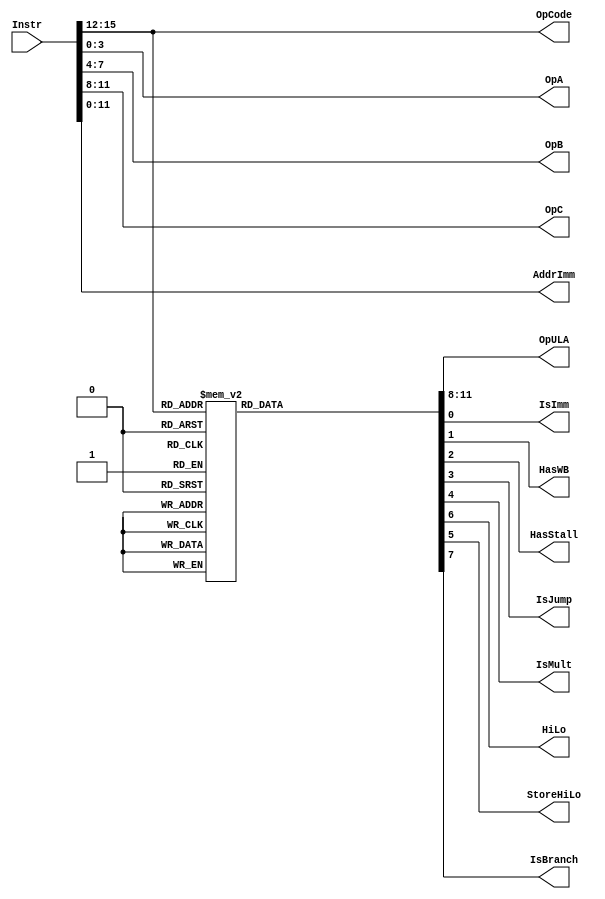
//							Iuri Silva Castro
//			Mestrando em Engenharia Eletrica - PPGEE
//			Universidade Federal de Minas Gerais - UFMG
//									2/2017

/* 	Decodificar de instruoes
	Recebe uma instruao de 16-bit na forma	INSTR	DST, IMM|REGB, REGA
*/
module Decoder ( Instr, OpCode, OpA, OpB, OpC, AddrImm, OpULA, IsImm, HasWB, HasStall, IsJump, IsMult, HiLo, StoreHiLo, IsBranch );
	
	input [15:0] Instr;
	output [3:0] OpCode, OpA, OpB, OpC;
	output [11:0] AddrImm;
	output reg [3:0] OpULA;
	output reg IsImm;					// Indica se instrucao e' imediata
	output reg IsJump;				// Indica se e instrucao de jump
	output reg HasWB;					// Indica se instrucai faz wb
	output reg HasStall;				// Indica que a instrucao gera stall
	output reg IsMult;				// Indica que instrucai vai usar o Multiplicador
	output reg HiLo;					// Indica qual registrador da mult vai armazenar
	output reg StoreHiLo;			// Indica que vai armazenar registrador de mult
	output reg IsBranch;				// Indica que e instrucao de branch
	
	assign OpCode	= Instr[15:12];
	assign OpC 		= Instr[11:8];
	assign OpB		= Instr[7:4];
	assign OpA		= Instr[3:0];
	assign AddrImm = Instr[11:0];
	
	/* OpCode das instrucoes */
	parameter InsADD  = 4'b0000;	// ADD	$s4, $s3, $s2
	parameter InsSUB  = 4'b0001;	//	SUB	$s4, $s3, $s2
	parameter InsSLTI = 4'b0010;	//	SLTI	$s4, imm, $s2
	parameter InsAND  = 4'b0011;	//	AND 	$s4, $s3, $s2
	parameter InsOR   = 4'b0100;	//	OR 	$s4, $s3, $s2
	parameter InsXOR  = 4'b0101;	//	XOR 	$s4, $s3, $s2
	parameter InsANDI = 4'b0110;	//	ANDI 	$s4, imm, $s2
	parameter InsORI  = 4'b0111;	//	ORI 	$s4, imm, $s2
	parameter InsXORI = 4'b1000;	//	XORI 	$s4, imm, $s2
	parameter InsADDI = 4'b1001;	//	ADDI 	$s4, imm, $s2
	parameter InsSUBI = 4'b1010;	//	SUBI 	$s4, imm, $s2
	parameter InsJ		= 4'b1011;	// J		imm
	parameter InsBEZ	= 4'b1100;	//	BEZ	, $s3, $s2
	parameter InsMUL	= 4'b1101;	// MUL	-, $s3, $s2
	parameter InsGHI	= 4'b1110;	// GHI	$s4, , 
	parameter InsGLO	= 4'b1111;	// GLO	$s4, , 
	
	/* Codigo de operaoes da ALU */
	parameter ULAADD = 4'b0000;	// ADD
	parameter ULASUB = 4'b0001;	//	SUB
	parameter ULASLT = 4'b0010;	//	SLTI
	parameter ULAAND = 4'b0011;	//	AND
	parameter ULAOR =  4'b0100;	//	OR
	parameter ULAXOR = 4'b0101;	//	XOR
	parameter ULABEZ = 4'b0110;	// BEZ
	parameter ULANOP = 4'b0111;	// NOP
	
	/* Selecao de imediato ou nao para instrucao */
	always @ ( * ) begin
		case (OpCode)
			InsADD: begin
				IsImm			<= 1'b0;
				HasWB			<= 1'b1;
				HasStall		<= 1'b0;
				IsJump		<= 1'b0;
				IsMult		<= 1'b0;
				StoreHiLo	<= 1'b0;
				HiLo			<= 1'b0;
				IsBranch		<= 1'b0;
				OpULA			<= ULAADD;
			end
			InsSUB: begin
				IsImm 		<= 1'b0;
				HasWB 		<= 1'b1;
				HasStall		<= 1'b0;
				IsJump		<= 1'b0;
				IsMult		<= 1'b0;
				StoreHiLo	<= 1'b0;
				HiLo			<= 1'b0;
				IsBranch		<= 1'b0;
				OpULA 		<= ULASUB;
			end
			InsSLTI:	begin
				IsImm 		<= 1'b1;
				HasWB 		<= 1'b1;
				HasStall		<= 1'b0;
				IsJump		<= 1'b0;
				IsMult		<= 1'b0;
				StoreHiLo	<= 1'b0;
				HiLo			<= 1'b0;
				IsBranch		<= 1'b0;
				OpULA 		<= ULASLT;
			end
			InsAND: begin
				IsImm 		<= 1'b0;
				HasWB 		<= 1'b1;	
				HasStall		<= 1'b0;
				IsJump		<= 1'b0;
				IsMult		<= 1'b0;
				StoreHiLo	<= 1'b0;
				HiLo			<= 1'b0;
				IsBranch		<= 1'b0;
				OpULA 		<= ULAAND;
			end
			InsOR: begin
				IsImm 		<= 1'b0; 
				HasWB 		<= 1'b1;
				HasStall		<= 1'b0;
				IsJump		<= 1'b0;
				IsMult		<= 1'b0;
				StoreHiLo	<= 1'b0;
				HiLo			<= 1'b0;
				IsBranch		<= 1'b0;
				OpULA 		<= ULAOR;
			end
			InsXOR: begin
				IsImm 		<= 1'b0;
				HasWB 		<= 1'b1;	
				HasStall		<= 1'b0;
				IsJump		<= 1'b0;
				IsMult		<= 1'b0;
				StoreHiLo	<= 1'b0;
				HiLo			<= 1'b0;
				IsBranch		<= 1'b0;
				OpULA 		<= ULAXOR;
			end
			InsANDI: begin
				IsImm 		<= 1'b1;
				HasWB 		<= 1'b1;
				HasStall		<= 1'b0;
				IsJump		<= 1'b0;
				IsMult		<= 1'b0;
				StoreHiLo	<= 1'b0;
				HiLo			<= 1'b0;
				IsBranch		<= 1'b0;
				OpULA 		<= ULAAND;
			end
			InsORI: begin
				IsImm 		<= 1'b1;
				HasWB 		<= 1'b1;
				HasStall		<= 1'b0;
				IsJump		<= 1'b0;
				IsMult		<= 1'b0;
				StoreHiLo	<= 1'b0;
				HiLo			<= 1'b0;
				IsBranch		<= 1'b0;
				OpULA 		<= ULAOR;
			end
			InsXORI: begin
				IsImm 		<= 1'b1; 
				HasWB 		<= 1'b1;
				HasStall		<= 1'b0;
				IsJump		<= 1'b0;
				IsMult		<= 1'b0;
				StoreHiLo	<= 1'b0;
				HiLo			<= 1'b0;
				IsBranch		<= 1'b0;
				OpULA 		<= ULAXOR;
			end
			InsADDI: begin
				IsImm 		<= 1'b1; 
				HasWB 		<= 1'b1;
				HasStall		<= 1'b0;
				IsJump		<= 1'b0;
				IsMult		<= 1'b0;
				StoreHiLo	<= 1'b0;
				HiLo			<= 1'b0;
				IsBranch		<= 1'b0;
				OpULA 		<= ULAADD;
			end
			InsSUBI: begin
				IsImm 		<= 1'b1; 
				HasWB 		<= 1'b1;
				HasStall		<= 1'b0;
				IsJump		<= 1'b0;
				IsMult		<= 1'b0;
				StoreHiLo	<= 1'b0;
				HiLo			<= 1'b0;
				IsBranch		<= 1'b0;
				OpULA 		<= ULASUB;
			end
			InsJ:	begin
				IsImm			<= 1'b0; 
				HasWB 		<= 1'b0;
				HasStall		<= 1'b1;
				IsJump		<= 1'b1;
				IsMult		<= 1'b0;
				StoreHiLo	<= 1'b0;
				HiLo			<= 1'b0;
				IsBranch		<= 1'b0;
				OpULA 		<= ULANOP;
			end
			InsBEZ: begin
				IsImm 		<= 1'b0; 
				HasWB 		<= 1'b0;
				HasStall		<= 1'b1;
				IsJump		<= 1'b0;
				IsMult		<= 1'b0;
				StoreHiLo	<= 1'b0;
				HiLo			<= 1'b0;
				IsBranch		<= 1'b1;
				OpULA 		<= ULABEZ;
			end
			InsMUL: begin
				IsImm 		<= 1'b0; 
				HasWB 		<= 1'b0;
				HasStall		<= 1'b0;
				IsJump		<= 1'b0;
				IsMult		<= 1'b1;
				StoreHiLo	<= 1'b0;
				HiLo			<= 1'b0;
				IsBranch		<= 1'b0;
				OpULA 		<= ULANOP;
			end
			InsGHI: begin
				IsImm 		<= 1'b0;
				HasWB 		<= 1'b1;
				HasStall		<= 1'b0;
				IsJump		<= 1'b0;
				IsMult		<= 1'b0;
				StoreHiLo	<= 1'b1;
				HiLo			<= 1'b1;
				IsBranch		<= 1'b0;
				OpULA 		<= ULANOP;
			end
			InsGLO: begin
				IsImm 		<= 1'b0;
				HasWB 		<= 1'b1;
				HasStall		<= 1'b0;
				IsJump		<= 1'b0;
				IsMult		<= 1'b0;
				StoreHiLo	<= 1'b1;
				HiLo			<= 1'b0;
				IsBranch		<= 1'b0;
				OpULA 		<= ULANOP;
			end
			default: begin
				IsImm 		<= 1'b0;
				HasWB 		<= 1'b0;
				HasStall		<= 1'b0;
				IsJump		<= 1'b0;
				IsMult		<= 1'b0;
				StoreHiLo	<= 1'b0;
				HiLo			<= 1'b0;
				IsBranch		<= 1'b0;
				OpULA 		<= ULANOP;
			end
		endcase
	end
	
endmodule